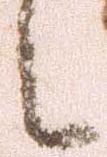
候